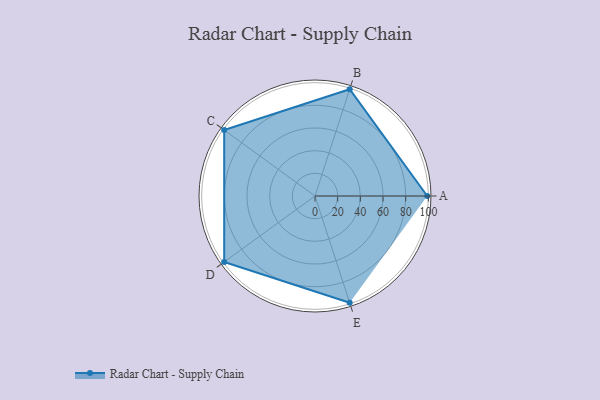
{"axis": {"x": "Skill", "y": "Score"}, "legend": ["Profile"], "data": [{"x": "A", "y": 99, "type": "Profile"}, {"x": "B", "y": 99, "type": "Profile"}, {"x": "C", "y": 99, "type": "Profile"}, {"x": "D", "y": 99, "type": "Profile"}, {"x": "E", "y": 99, "type": "Profile"}]}